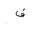
Letter: _fa